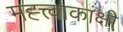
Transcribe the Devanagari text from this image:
मह्त्त्वाकांक्षी